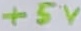
Text: +5V